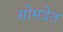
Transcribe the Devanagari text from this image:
सोमदेत